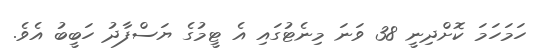
ހަމަހަމަ ކޮށްދިނީ 38 ވަނަ މިނެޓުގައި އެ ޓީމުގެ ޔަސްފާދު ހަބީބު އެވެ.